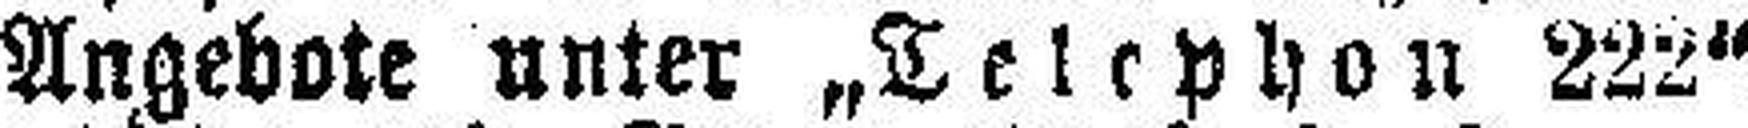
Angebote unter „Telephon 222“